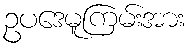
ဥပဒေမူကြမ်းအား